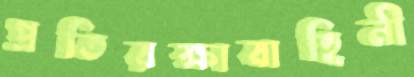
প্রতিরক্ষাবাহিনী